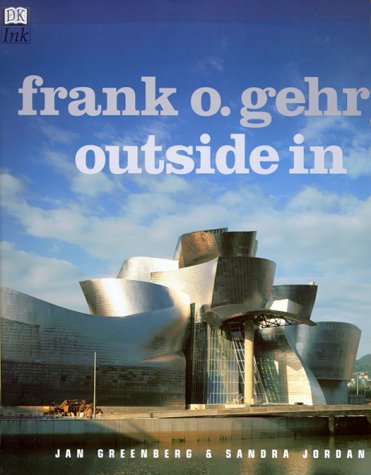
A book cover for Frank O. Gehry: Outside  In; DK Publishing; Children's Books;